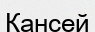
Қансей